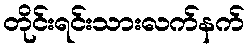
တိုင်းရင်းသားလက်နက်